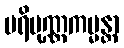
ပရိပုဏ္ဏကမ္မန္တာ